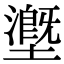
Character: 𡒖